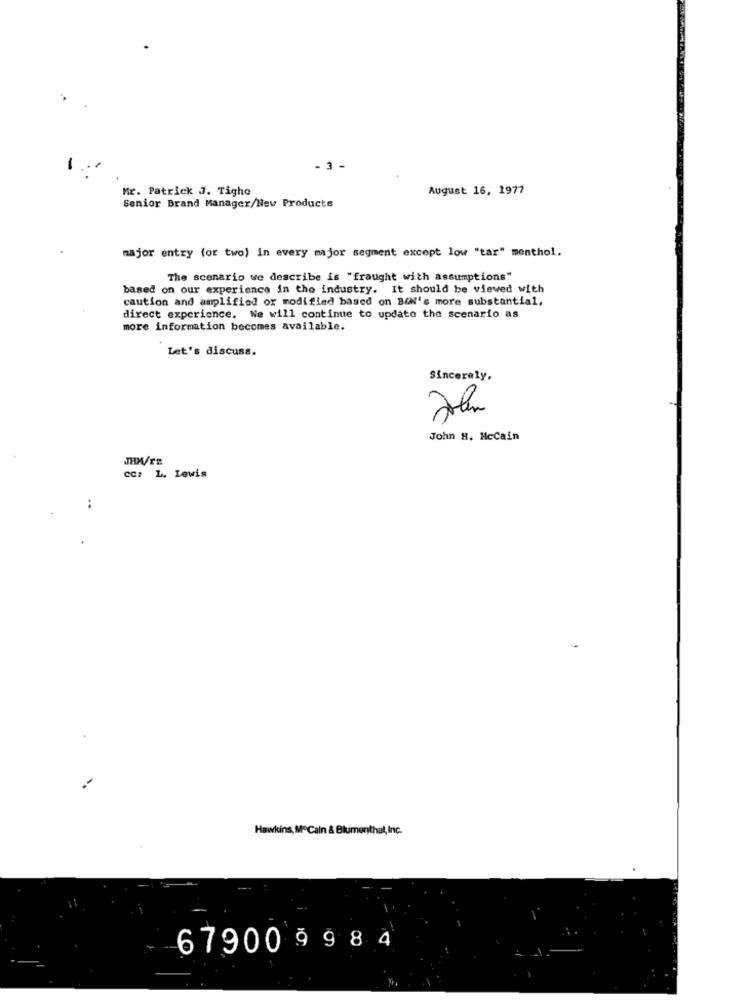
- 3 -
Mr. Patrick J. Tigho
August 16, 1977
Senior Brand Manager/New Products
major entry (or two) in every major segment except low "tar" menthol.
The scenario we describe is "fraught with assumptions"
based on our experience in the industry. It should be viewed with
caution and amplified or modified based on BEN's more substantial,
direct experience. We will continue to update the scenario as
more information becomes available.
Let's discuss.
Sincerely.
John H. McCain
JHWTE
CC: L. Lewis
..
Hawkins, Mº Caln & Blumenthal, Inc.
67900 9984